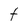
Character: t